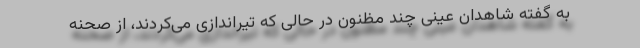
به گفته شاهدان عینی چند مظنون در حالی که تیراندازی می‌کردند، از صحنه